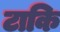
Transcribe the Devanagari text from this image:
टाकि